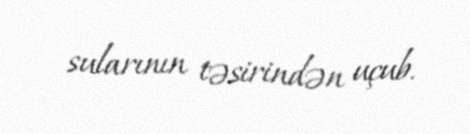
sularının təsirindən uçub.